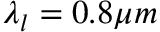
\lambda _ { l } = 0 . 8 \mu m